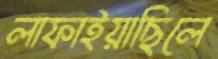
লাফাইয়াছিলে